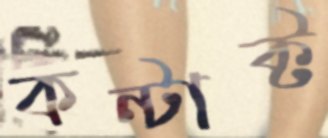
কন্টাক্ট